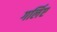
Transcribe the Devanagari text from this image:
गर्लिए